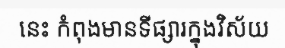
នេះ កំពុងមានទីផ្សារក្នុងវិស័យ